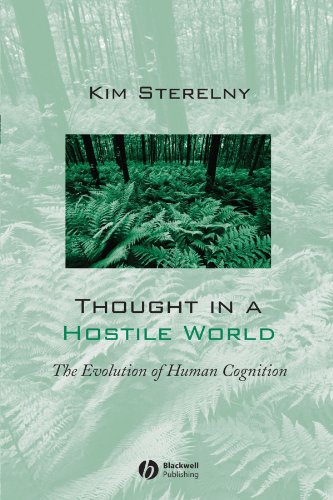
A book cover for Thought in a Hostile World: The Evolution of Human Cognition; Kim Sterelny; Medical Books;